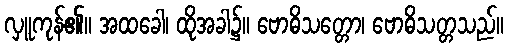
လှူကုန်၏။ အထခေါ၊ ထိုအခါ၌။ ဗောဓိသတ္တော၊ ဗောဓိသတ္တသည်။